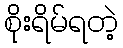
စိုးရိမ်ရတဲ့